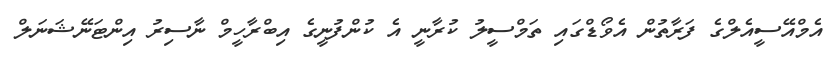
އެމްއޭސީއެލްގެ ފަރާތުން އެވޯޑްގައި ތަމްސީލު ކުރާނީ އެ ކުންފުނީގެ އިބްރާހީމް ނާސިރު އިންޓަނޭޝަނަލް